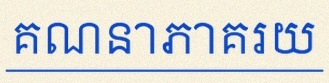
គណនាភាគរយ